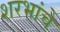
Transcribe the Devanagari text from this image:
शरभांचे